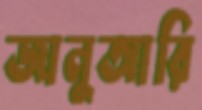
জানুআরি